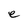
Character: e